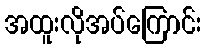
အထူးလိုအပ်ကြောင်း